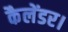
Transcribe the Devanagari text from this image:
कैलेंडर।